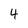
Character: 4